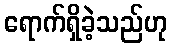
ရောက်ရှိခဲ့သည်ဟု